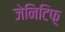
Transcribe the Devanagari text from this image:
जेनिटिफ़्